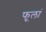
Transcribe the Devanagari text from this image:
फूलां